Medical and sanitary report of the native army of Bengal for the year
Year: 1877
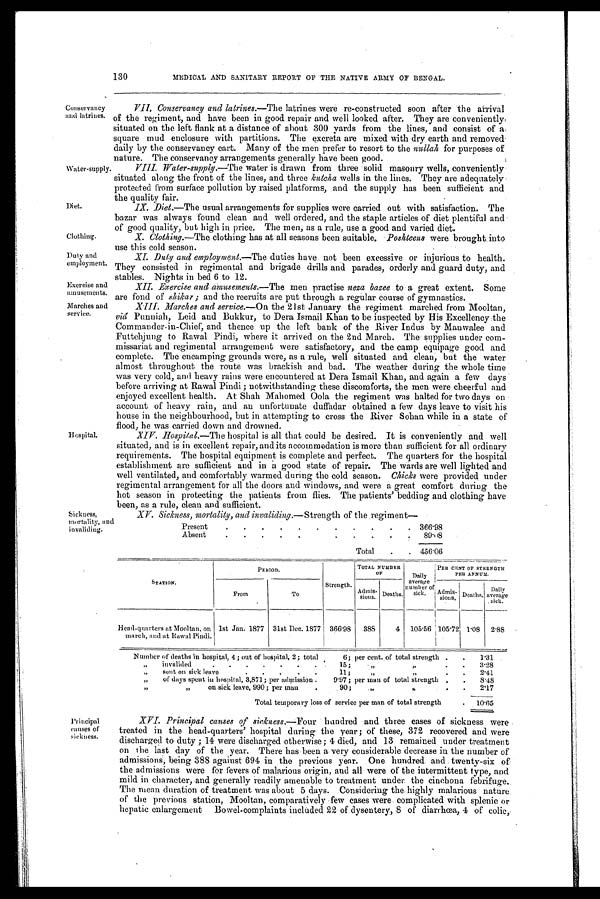
130
MEDICAL AND SANITARY REPORT OF THE NATIVE ARMY OF BENGAL.
Conservancy
and latrines.
Water-supply.
Diet.
Clothing.
Duty and
employments.
Exercise and
amusements.
Marches and
service.
Hospital.
Sickness,
mortality, and i nval i di ng.
VII. Conservancy and latrines. —The latrines were re-constructed soon after the arrival
of the regiment, and have been in good repair and well looked after. They are conveniently,
situated on the left flank at a distance of about 300 yards from the lines, and consist of a
square mud enclosure with partitions. The excreta are mixed with dry earth and removed
daily by the conservancy cart. Many of the men prefer to resort to the nullah for purposes of
nature. The conservancy arrangements generally have been good.
VIII. Water-supply.—The water is drawn from three solid masonry wells, conveniently
situated along the front of the lines, and three Kutcha wells in the lines. They are adequately
protected from surface pollution by raised platforms, and the supply has been sufficient and
the quality fair.
IX. Diet.—The usual arrangements for supplies were carried out with satisfaction. The
bazar was always found clean and well ordered, and the staple articles of diet plentiful and
of good quality, but high in price. The men, as a rule, use a good and varied diet.
X. Clothing. —The clothing has at all seasons been suitable. Poshteens were brought into
use this cold season.
XI. Duty and employment. —The duties have not been excessive or injurious to health.
They consisted in regimental and brigade drills and parades, orderly and guard duty, and
stables. Nights in bed 6 to 12.
XII. Exercise and amusements. —The men practise neza bazee to a great extent. Some
are fond of shikar; and the recruits are put through a regular course of gymnastics.
XIII.
Marches and service. —On the 21st January the regiment marched from Mooltan,
viâ Punniah, Leid and Bukkur, to Dera Ismail Khan to be inspected by His Excellency the
Commander-in-Chief, and thence up the left bank of the River Indus by Manwalee and
Futtehjung to Rawal Pindi, where it arrived on the 2nd March. The supplies under com-
missariat and regimental arrangement were satisfactory, and the camp equipage good and
complete. The encamping grounds were, as a rule, well situated and clean, but the water
almost throughout the route was brackish and bad. The weather during the whole time
was very cold, and heavy rains were encountered at Dera Ismail Khan, and again a few days
before arriving at Rawal Pindi; notwithstanding these discomforts, the men were cheerful and
enjoyed excellent health. At Shah Mahomed Oola the regiment was halted for two days on
account of heavy rain, and an unfortunate duffadar obtained a few days leave to visit his
house in the neighbourhood, but in attempting to cross the River Sohan while in a state of
flood, he was carried down and drowned.
XIV. Hospital. —The hospital is all that could be desired. It is conveniently and well
situated, and is in excellent repair, and its accommodation is more than sufficient for all ordinary
requirements. The hospital equipment is complete and perfect. The quarters for the hospital
establishment are sufficient and in a good state of repair. The wards are well lighted and
well ventilated, and comfortably warmed during the cold season. Chicks were provided under
regimental arrangement for all the doors and windows, and were a great comfort during the
hot season in protecting the patients from flies. The patients' bedding and clothing have
been, as a rule, clean and sufficient.
XV. Sickness, mortality, and invaliding.—Strength of the regiment—
Present
.
.
.
.
.
.
.
.
.
.
. 366.98
Absent
.
.
.
.
.
89.08
Total
.
. 456.06
STATION.
PERIOD.
Strength.
TOTAL NUMBER
OF
Daily
average
number of
sick.
PER CENT OF STRENGTH
PER ANNUM.
From
To
Admis-
sions. Deaths.
Admis-
sions. Deaths.
Daily
average
sick.
Head-quarters at Mooltan, on
march, and at Rawal Pindi.
1st Jan. 1877 31st Dee. 1877 366.98
38
4 105 .56 105.72 1.08 2.88
Number of deaths in hospital, 4 ; out of hospital, 2; total
6; per cent. of total strength .
1.31
„
invalide
.
1 5 ;
„ „
.
.
3.28
„
sent on sick leav
11 ;
„ „
2.41
„
of days spent in hospital, 3,871; per admission
9.97 ; per man of total strength
.
8.48
„ „
on.sick leave, 990; per man
90;
„
„
2.17
Total temporary loss of service per man of total strength
.
10.65
Principal
causes of
sickness.
XVI. Principal causes of sickness.—Four hundred and three cases of sickness were
treated in the head-quarters' hospital during the year; of these, 372 recovered and were
discharged to duty; 14 were discharged otherwise; 4 died, and 13 remained under treatment
on the last day of the year. There has been a very considerable decrease in the number of
admissions, being 388 against 694 in the previous year. One hundred and twenty-six of
the admissions were for fevers of malarious origin, and all were of the intermittent type, and
mild in character, and generally readily amenable to treatment under the cinchona febrifuge.
The mean duration of treatment was about 5 days. Considering the highly malarious nature
of the previous station, Mooltan, comparatively few cases were complicated with splenic or
hepatic enlargement Bowel-complaints included 22 of dysentery, 8 of diarrhœa, 4 of colic,